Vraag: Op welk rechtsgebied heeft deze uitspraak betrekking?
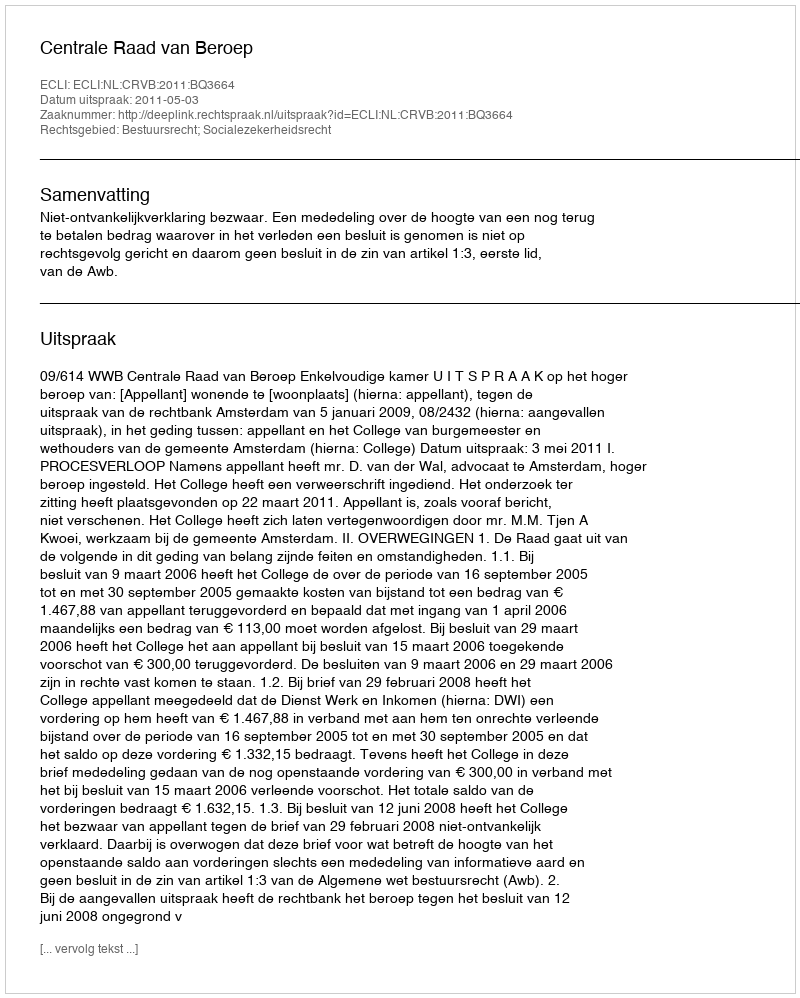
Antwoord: Bestuursrecht; Socialezekerheidsrecht